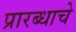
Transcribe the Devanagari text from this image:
प्रारब्धाचे